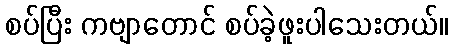
စပ်ပြီး ကဗျာတောင် စပ်ခဲ့ဖူးပါသေးတယ်။